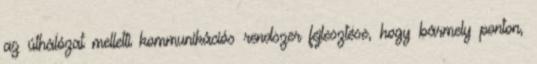
az úthálózat melletti kommunikációs rendszer fejlesztése, hogy bármely ponton,